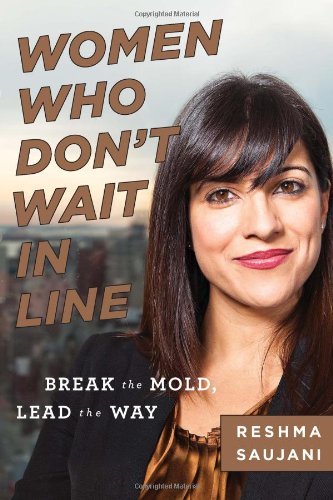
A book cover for Women Who Don't Wait in Line: Break the Mold, Lead the Way; Reshma Saujani; Business & Money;